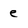
Character: e